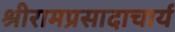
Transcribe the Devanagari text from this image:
श्रीरामप्रसादाचार्य